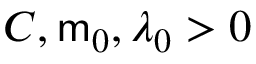
C , \mathsf { m } _ { 0 } , \lambda _ { 0 } > 0